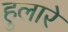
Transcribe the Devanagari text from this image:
हुलारे